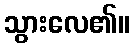
သွားလေ၏။